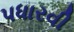
પધારવી